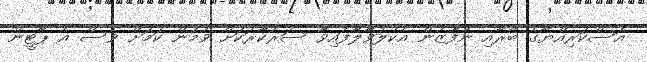
އަސްކަރިއްޔާގެ ބާރާއި ނުފޫޒުން އެކުލަވާލާފައިވާ ސަރުކާރަކަށް ވުމުން ކަމަށް ވެސް އެ ޕާޓީން